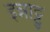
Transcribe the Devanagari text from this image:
इन्नाट्टु